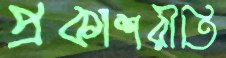
প্রকাশরীতি